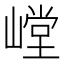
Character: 𰎳